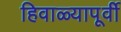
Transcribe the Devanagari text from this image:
हिवाळ्यापूर्वी